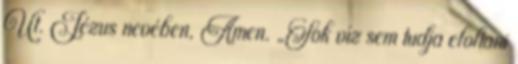
Út. Jézus nevében, Ámen. „Sok víz sem tudja eloltani